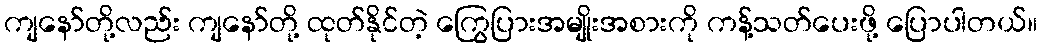
ကျနော်တို့လည်း ကျနော်တို့ ထုတ်နိုင်တဲ့ ကြွေပြားအမျိုးအစားကို ကန့်သတ်ပေးဖို့ ပြောပါတယ်။